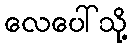
လေပေါ်သို့